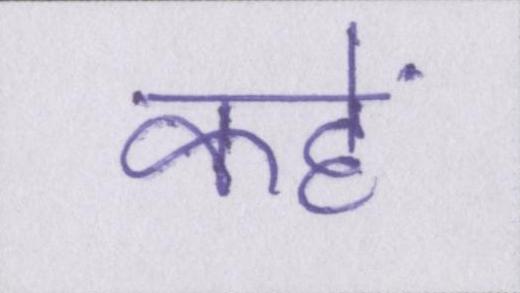
कहें